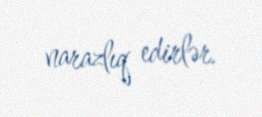
narazlıq edirlər.